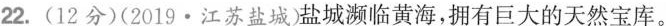
22.(12分)(2019·江苏盐城)盐城濒临黄海，拥有巨大的天然宝库。